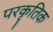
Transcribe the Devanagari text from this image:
परकृतिक